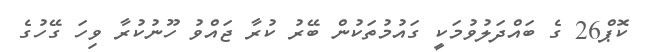
ކޮޕް26 ގެ ބައްދަލުވުމަކީ ގައުމުތަކުން ބޭރު ކުރާ ޖައްވު ހޫނުކުރާ ވިހަ ގޭހުގެ